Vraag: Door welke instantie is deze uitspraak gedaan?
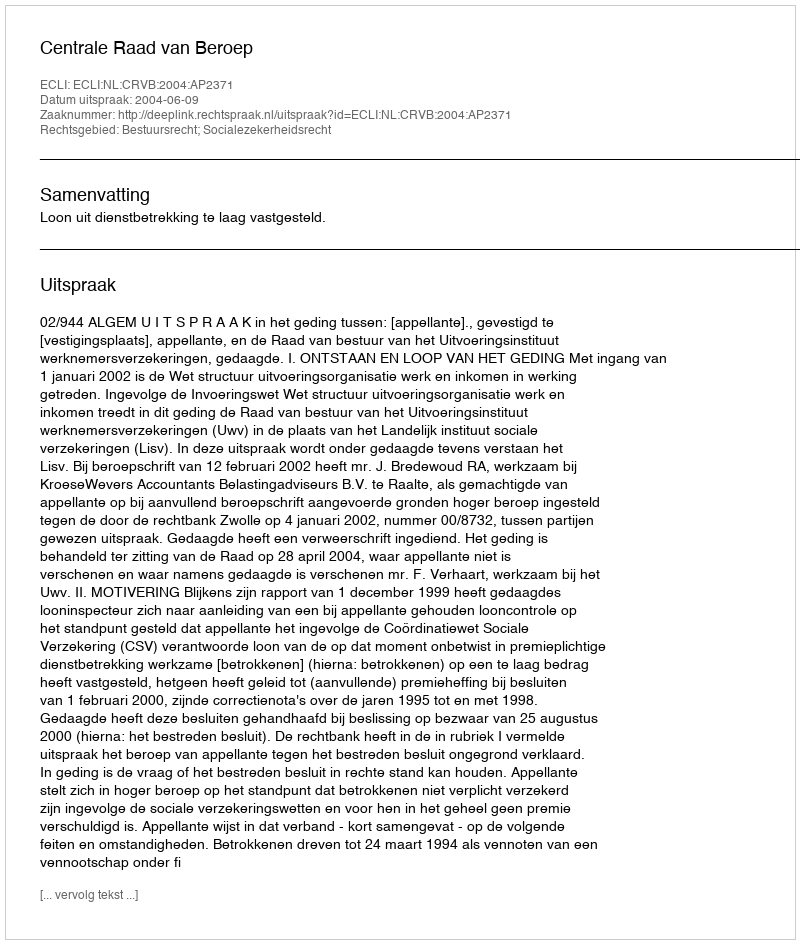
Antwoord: Centrale Raad van Beroep